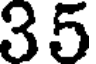
35